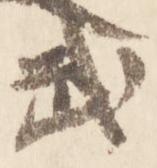
武